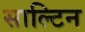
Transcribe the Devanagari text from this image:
साल्टिन